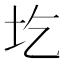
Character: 圪